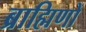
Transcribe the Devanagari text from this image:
ब्राह्मिणों